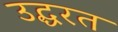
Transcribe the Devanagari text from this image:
उद्धरत